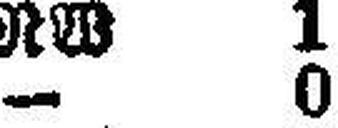
— 0